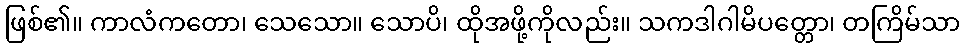
ဖြစ်၏။ ကာလံကတော၊ သေသော။ သောပိ၊ ထိုအဖို့ကိုလည်း။ သကဒါဂါမိပတ္တော၊ တကြိမ်သာ